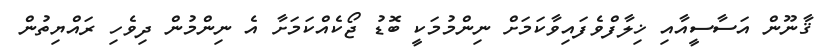
ޤާނޫން އަސާސީއާއި ޚިލާފްވެފައިވާކަމަށް ނިންމުމަކީ ބޮޑު ޖޯކެއްކަމަށާ އެ ނިންމުން ދިވެހި ރައްޔިތުން